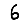
Digit: 6